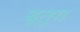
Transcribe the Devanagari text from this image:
बूतुग